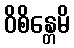
ဝိစိန္တေမိ